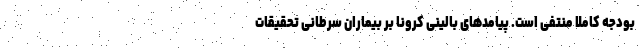
بودجه کاملا منتفی است. پیامدهای بالینی کرونا بر بیماران سرطانی تحقیقات